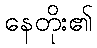
နေတိုး၏